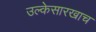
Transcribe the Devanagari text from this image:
उल्केसारखाच